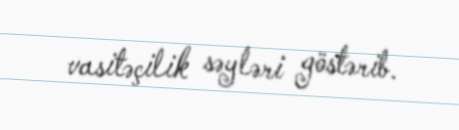
vasitəçilik səyləri göstərib.